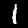
Digit: 1